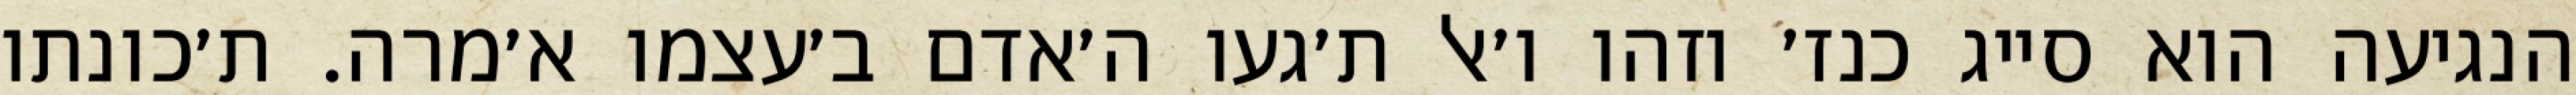
הנגיעה הוא סייג כנז׳ וזהו ו׳אל ת׳געו ה׳אדם ב׳עצמו א׳מרה. ת׳כונתו